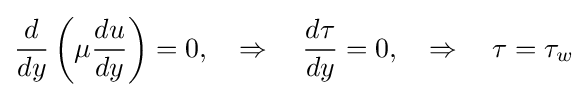
{\frac {d}{dy}}\left(\mu {\frac {du}{dy}}\right)=0,\quad \Rightarrow \quad {\frac {d\tau }{dy}}=0,\quad \Rightarrow \quad \tau =\tau _{w}